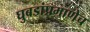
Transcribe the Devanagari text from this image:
घुबडांप्रमाणेच